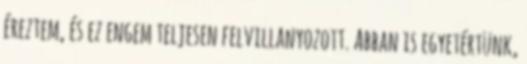
éreztem, és ez engem teljesen felvillanyozott. Abban is egyetértünk,